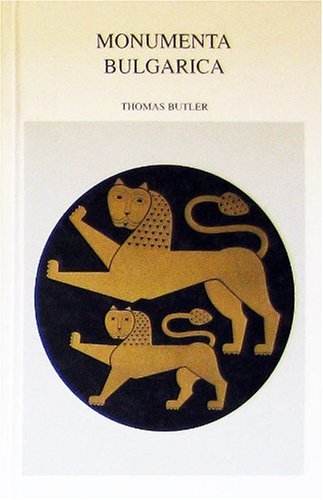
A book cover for Monumenta Bulgarica: A Bilingual Anthology of Bulgarian Texts from the 9th to the 19th Centuries (Michigan Slavic Materials); Thomas Butler; Reference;